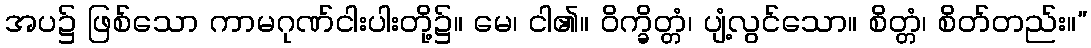
အပ၌ ဖြစ်သော ကာမဂုဏ်ငါးပါးတို့၌။ မေ၊ ငါ၏။ ဝိက္ခိတ္တံ၊ ပျံ့လွင်သော။ စိတ္တံ၊ စိတ်တည်း။”